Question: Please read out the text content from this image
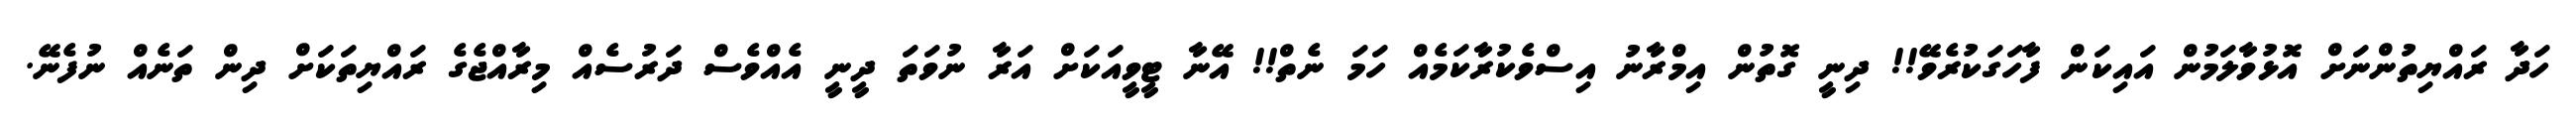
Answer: ހަދާ ރައްޔިތުންނަށް އޮޅުވާލަމުން އައިކަން ފާހަގަކުރެވޭ!! ދިނީ ގޮތުން އިމްރާނު އިސްވެކުރާކަމެއް ހަމަ ނެތް!! އޭނާ ޓީވީއަކަށް އަރާ ނުވަތަ ދީނީ އެއްވެސް ދަރުސެއް މިރާއްޖެގެ ރައްޔިތަކަށް ދިން ތަނެއް ނުފެނޭ.